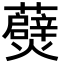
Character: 𭶧